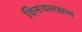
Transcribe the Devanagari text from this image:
विनयलक्षण